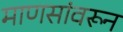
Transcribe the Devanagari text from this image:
माणसांवरून